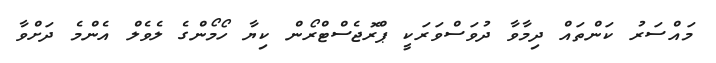
މައްސަރު ކަންތައް ދިމާވާ ދުވަސްވަރަކީ ޕްރޮޖެސްޓްރޯން ކިޔާ ހޯމޯންގެ ލެވެލް އެންމެ ދަށްވާ